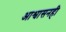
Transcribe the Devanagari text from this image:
आश्वासनही